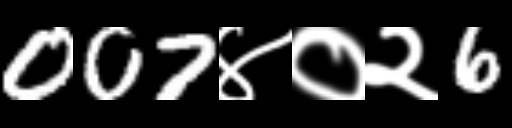
Text: 007४०२6